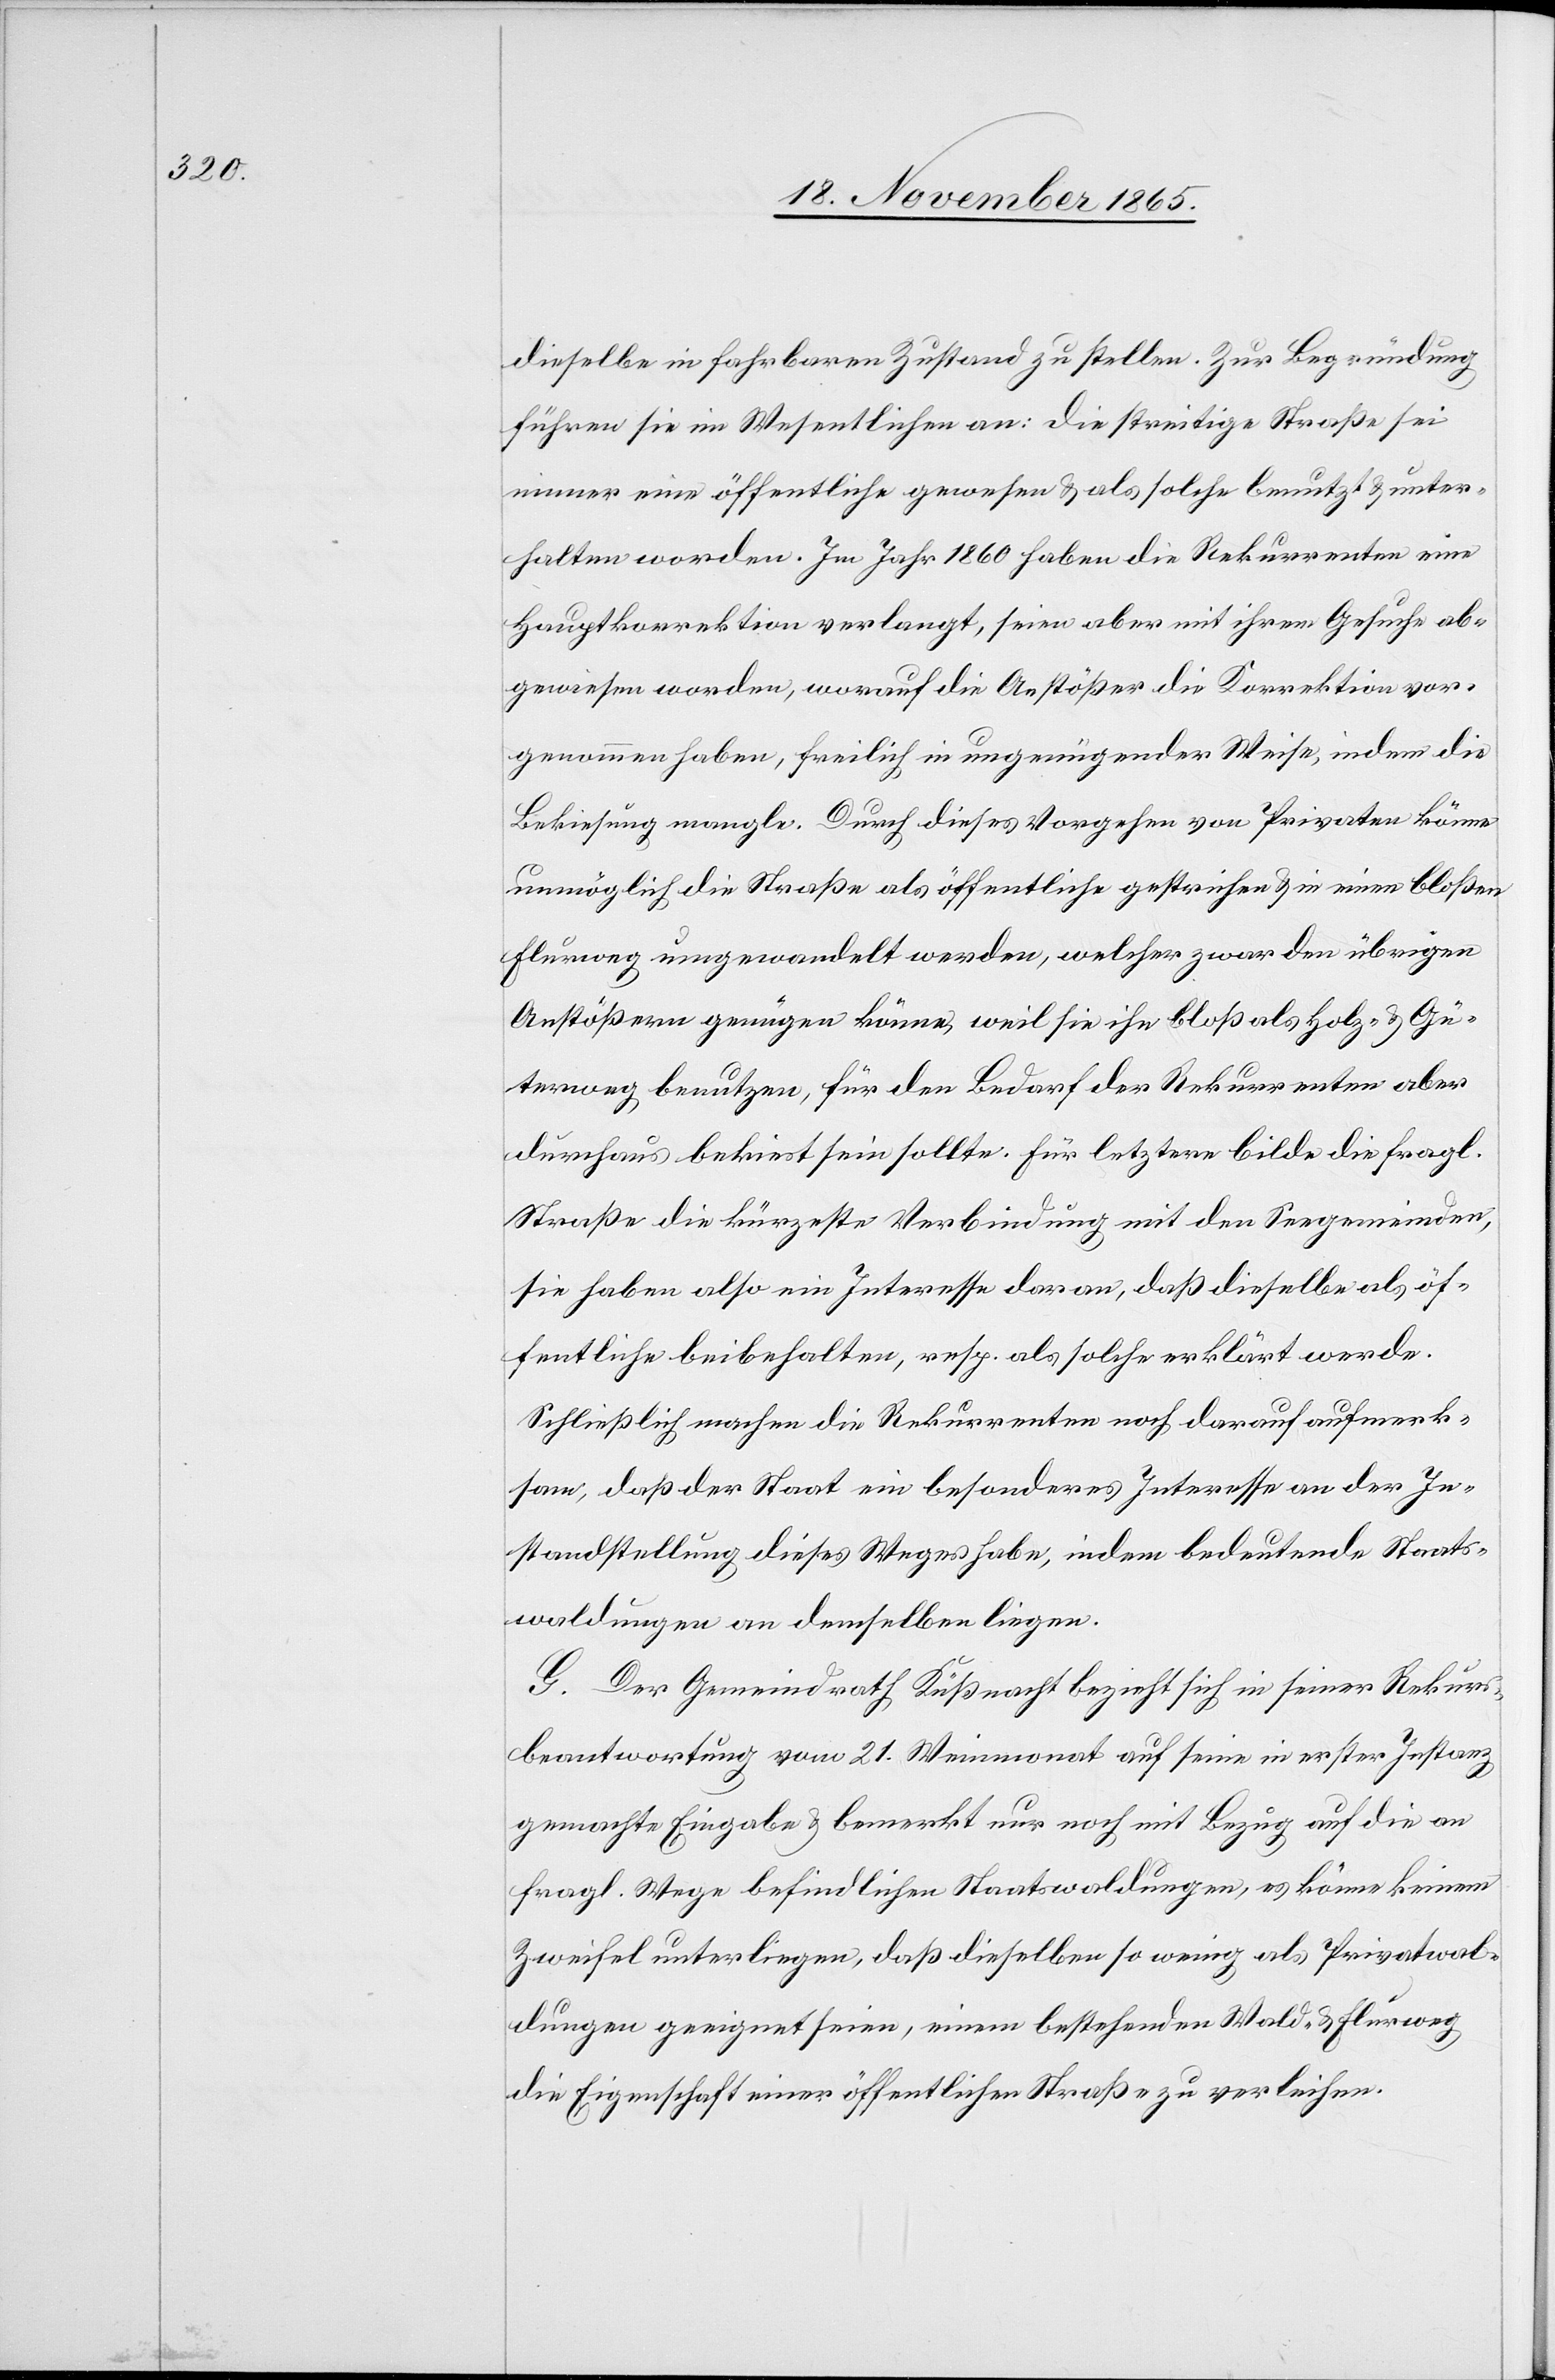
dieselbe in fahrbaren Zustand zu stellen. Zur Begründung
führen sie im Wesentlichen an: Die streitige Straße sei
immer eine öffentliche gewesen & als solche benutzt & unter¬
halten worden. Im Jahr 1860 haben die Rekurrenten eine
Hauptkorrektion verlangt, seien aber mit ihrem Gesuche ab¬
gewiesen worden, worauf die Anstößer die Korrektion vor¬
genommen haben, freilich in ungenügender Weise, indem die
Bekiesung mangle. Durch dieses Vorgehen von Privaten könne
unmöglich diese Straße als öffentliche gestrichen & in einen bloßen
Flurweg umgewandelt werden, welcher zwar den übrigen
Anstößern genügen könne, weil sie ihn bloß als Holz- & Gü¬
terweg benutzen, für den Bedarf der Rekurrenten aber
durchaus bekiest sein sollte. Für letztere bilde die fragl.
Straße die kürzeste Verbindung mit den Seegemeinden,
sie habe also ein Interesse daran, daß dieselbe als öf¬
fentliche beibehalten, resp. als solche erklärt werde.
Schließlich machen die Rekurrenten noch darauf aufmerk¬
sam, daß der Staat ein besonderes Interesse an der In¬
standstellung dieses Weges habe, indem bedeutende Staats¬
waldungen an demselben liegen.
G. Der Gemeindrath Küßnacht bezieht sich in seiner Rekurs¬
beantwortung vom 21. Weinmonat auf seine in erster Instanz
gemachte Eingabe & bemerkt nur noch mit Bezug auf die an
fragl. Wege befindlichen Staatswaldungen, es könne keinem
Zweifel unterliegen, daß dieselben so wenig als Privatwal¬
dungen geeignet seien, einem bestehenden Wald- & Flurweg
die Eigenschaft einer öffentlichen Straße zu verleihen.